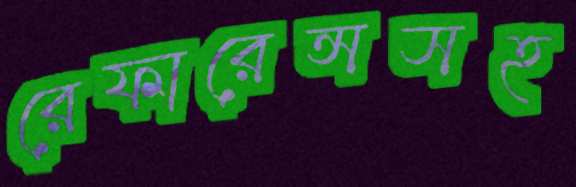
রেফারেন্সসহ